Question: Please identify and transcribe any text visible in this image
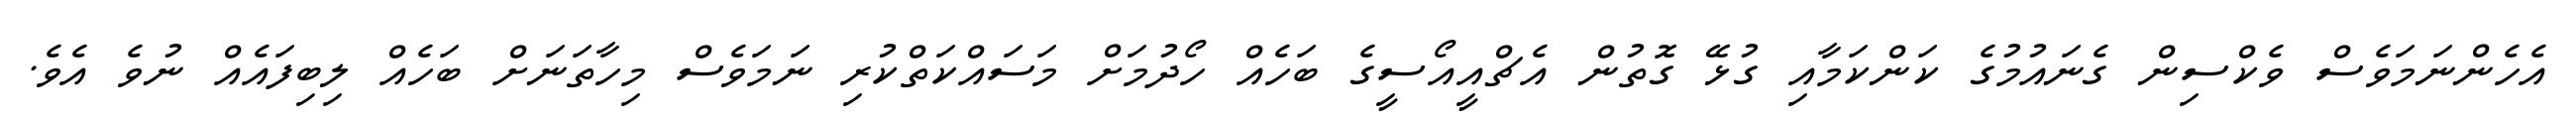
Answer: އެހެންނަމަވެސް ވެކްސިން ގެނައުމުގެ ކަންކަމާއި ގުޅޭ ގޮތުން އެޗްއީއޯސީގެ ބަހެއް ހޯދުމަށް މަސައްކަތްކުރި ނަމަވެސް މިހާތަނަށް ބަހެއް ލިބިފައެއް ނުވެ އެވެ.